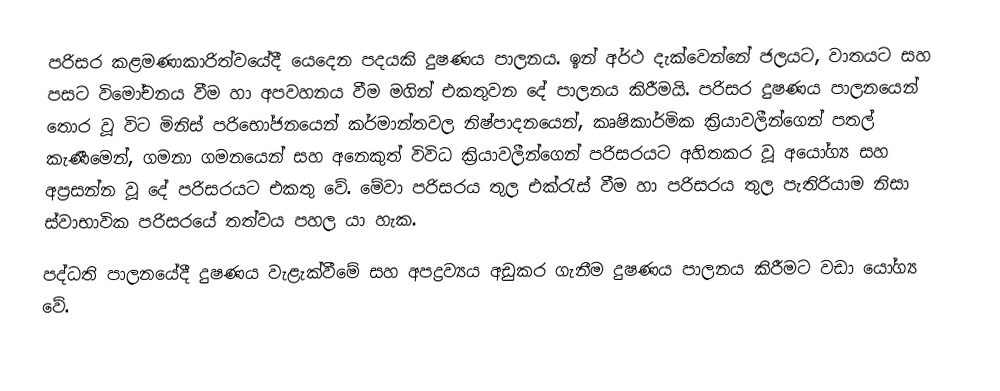
පරිසර කළමණාකාරිත්වයේදී යෙදෙන පදයකි දුෂණය පාලනය. ඉන් අර්ථ දැක්වෙන්නේ ජලයට, වාතයට සහ පසට විමෝචනය වීම හා අපවහනය වීම මගින් එකතුවන  දේ පාලනය කිරීමයි. පරිසර දුෂණය පාලනයෙන් තොර වූ විට මිනිස් පරිභෝජනයෙන් කර්මාන්තවල නිෂ්පාදනයෙන්, කෘෂිකාර්මික ක්‍රියාවලීන්ගෙන් පතල් කැණීමෙන්, ගමනා ගමනයෙන් සහ අනෙකුත් විවිධ ක්‍රියාවලීන්ගෙන් පරිසරයට අහිතකර වූ අයෝග්‍ය සහ අප්‍රසන්න වූ දේ පරිසරයට එකතු වේ. මේවා පරිසරය තුල එක්රැස් වීම හා පරිසරය තුල පැතිරියාම නිසා ස්වාභාවික පරිසරයේ තත්වය පහල යා හැක.
පද්ධති පාලනයේදී දුෂණය වැළැක්වීමේ සහ අපද්‍රව්‍යය අඩුකර ගැනීම දුෂණය පාලනය කිරීමට වඩා යෝග්‍ය වේ.